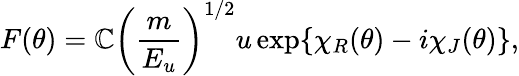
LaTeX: F(\theta)=\mathbb{C}{\left(\frac{{m}}{{E_{u}}}\right)}^{1/2}u\exp\{ \chi_{R}(\theta)-i\chi_{J}(\theta)\} ,